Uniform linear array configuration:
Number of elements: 12
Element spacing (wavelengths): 0.25
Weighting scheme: hamming
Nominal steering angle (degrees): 45
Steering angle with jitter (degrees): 45.352
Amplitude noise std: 0.05
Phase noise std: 0.05

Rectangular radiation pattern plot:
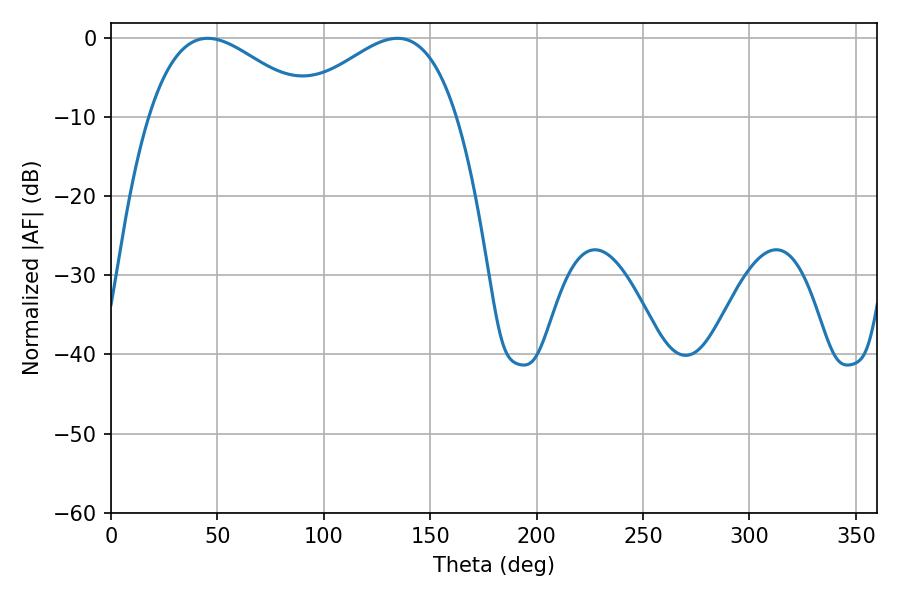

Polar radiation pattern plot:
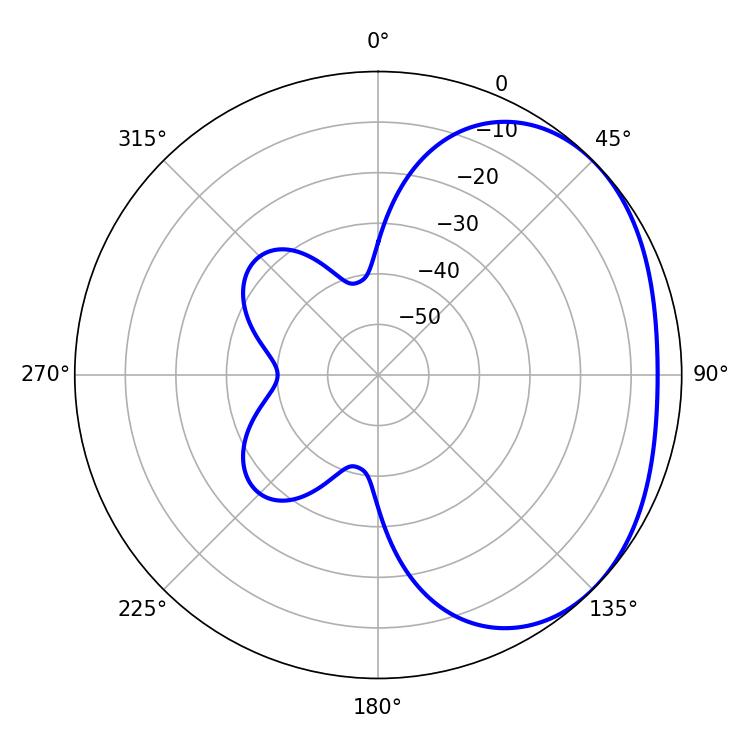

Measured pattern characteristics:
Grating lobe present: FALSE
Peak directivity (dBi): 2.366
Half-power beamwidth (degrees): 41.4
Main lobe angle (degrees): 45.36